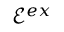
\mathcal { E } ^ { e x }